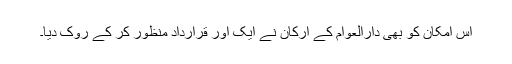
اس امکان کو بھی دارالعوام کے ارکان نے ایک اور قرارداد منظور کر کے روک دیا۔